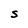
Character: s